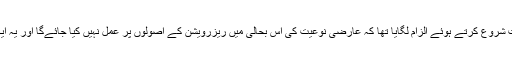
مختلف سیاسی جماعتوں نے اس تجویز کی مخالفت شروع کرتے ہوئے الزام لگایا تھا کہ عارضی نوعیت کی اس بحالی میں ریزرویشن کے اصولوں پر عمل نہیں کیا جائے‌گا اور یہ ایک اور آئینی ادارہ کو برباد کرنے کی سازش ہے۔